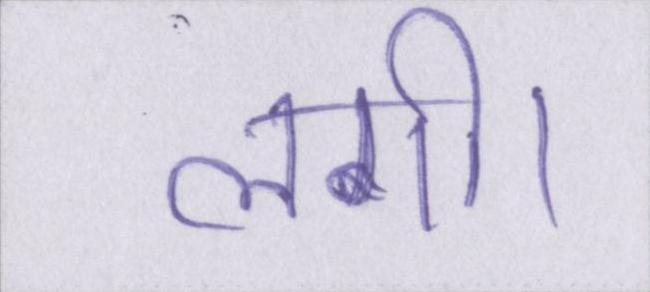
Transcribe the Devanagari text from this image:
लगी।